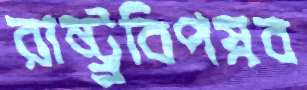
রাষ্ট্র্রবিপস্নব